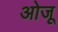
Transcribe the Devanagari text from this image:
ओजू